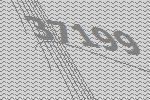
37199